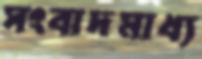
সংবাদমাধ্য